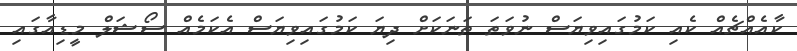
ކާއެއްޗެއް ކެއި ކަމުގައިވިޔަސް ނުވަތަ ތަނަކަށް ދިޔަ ކަމުގައިވިޔަސް އެކަމެއް ސޯޝަލް މީޑިއާގައި